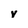
Character: V